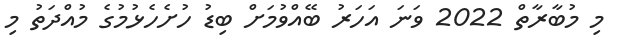
މި މުބާރާތް 2022 ވަނަ އަހަރު ބޭއްވުމަށް ބިޑު ހުށެހެޅުމުގެ މުއްދަތު މި